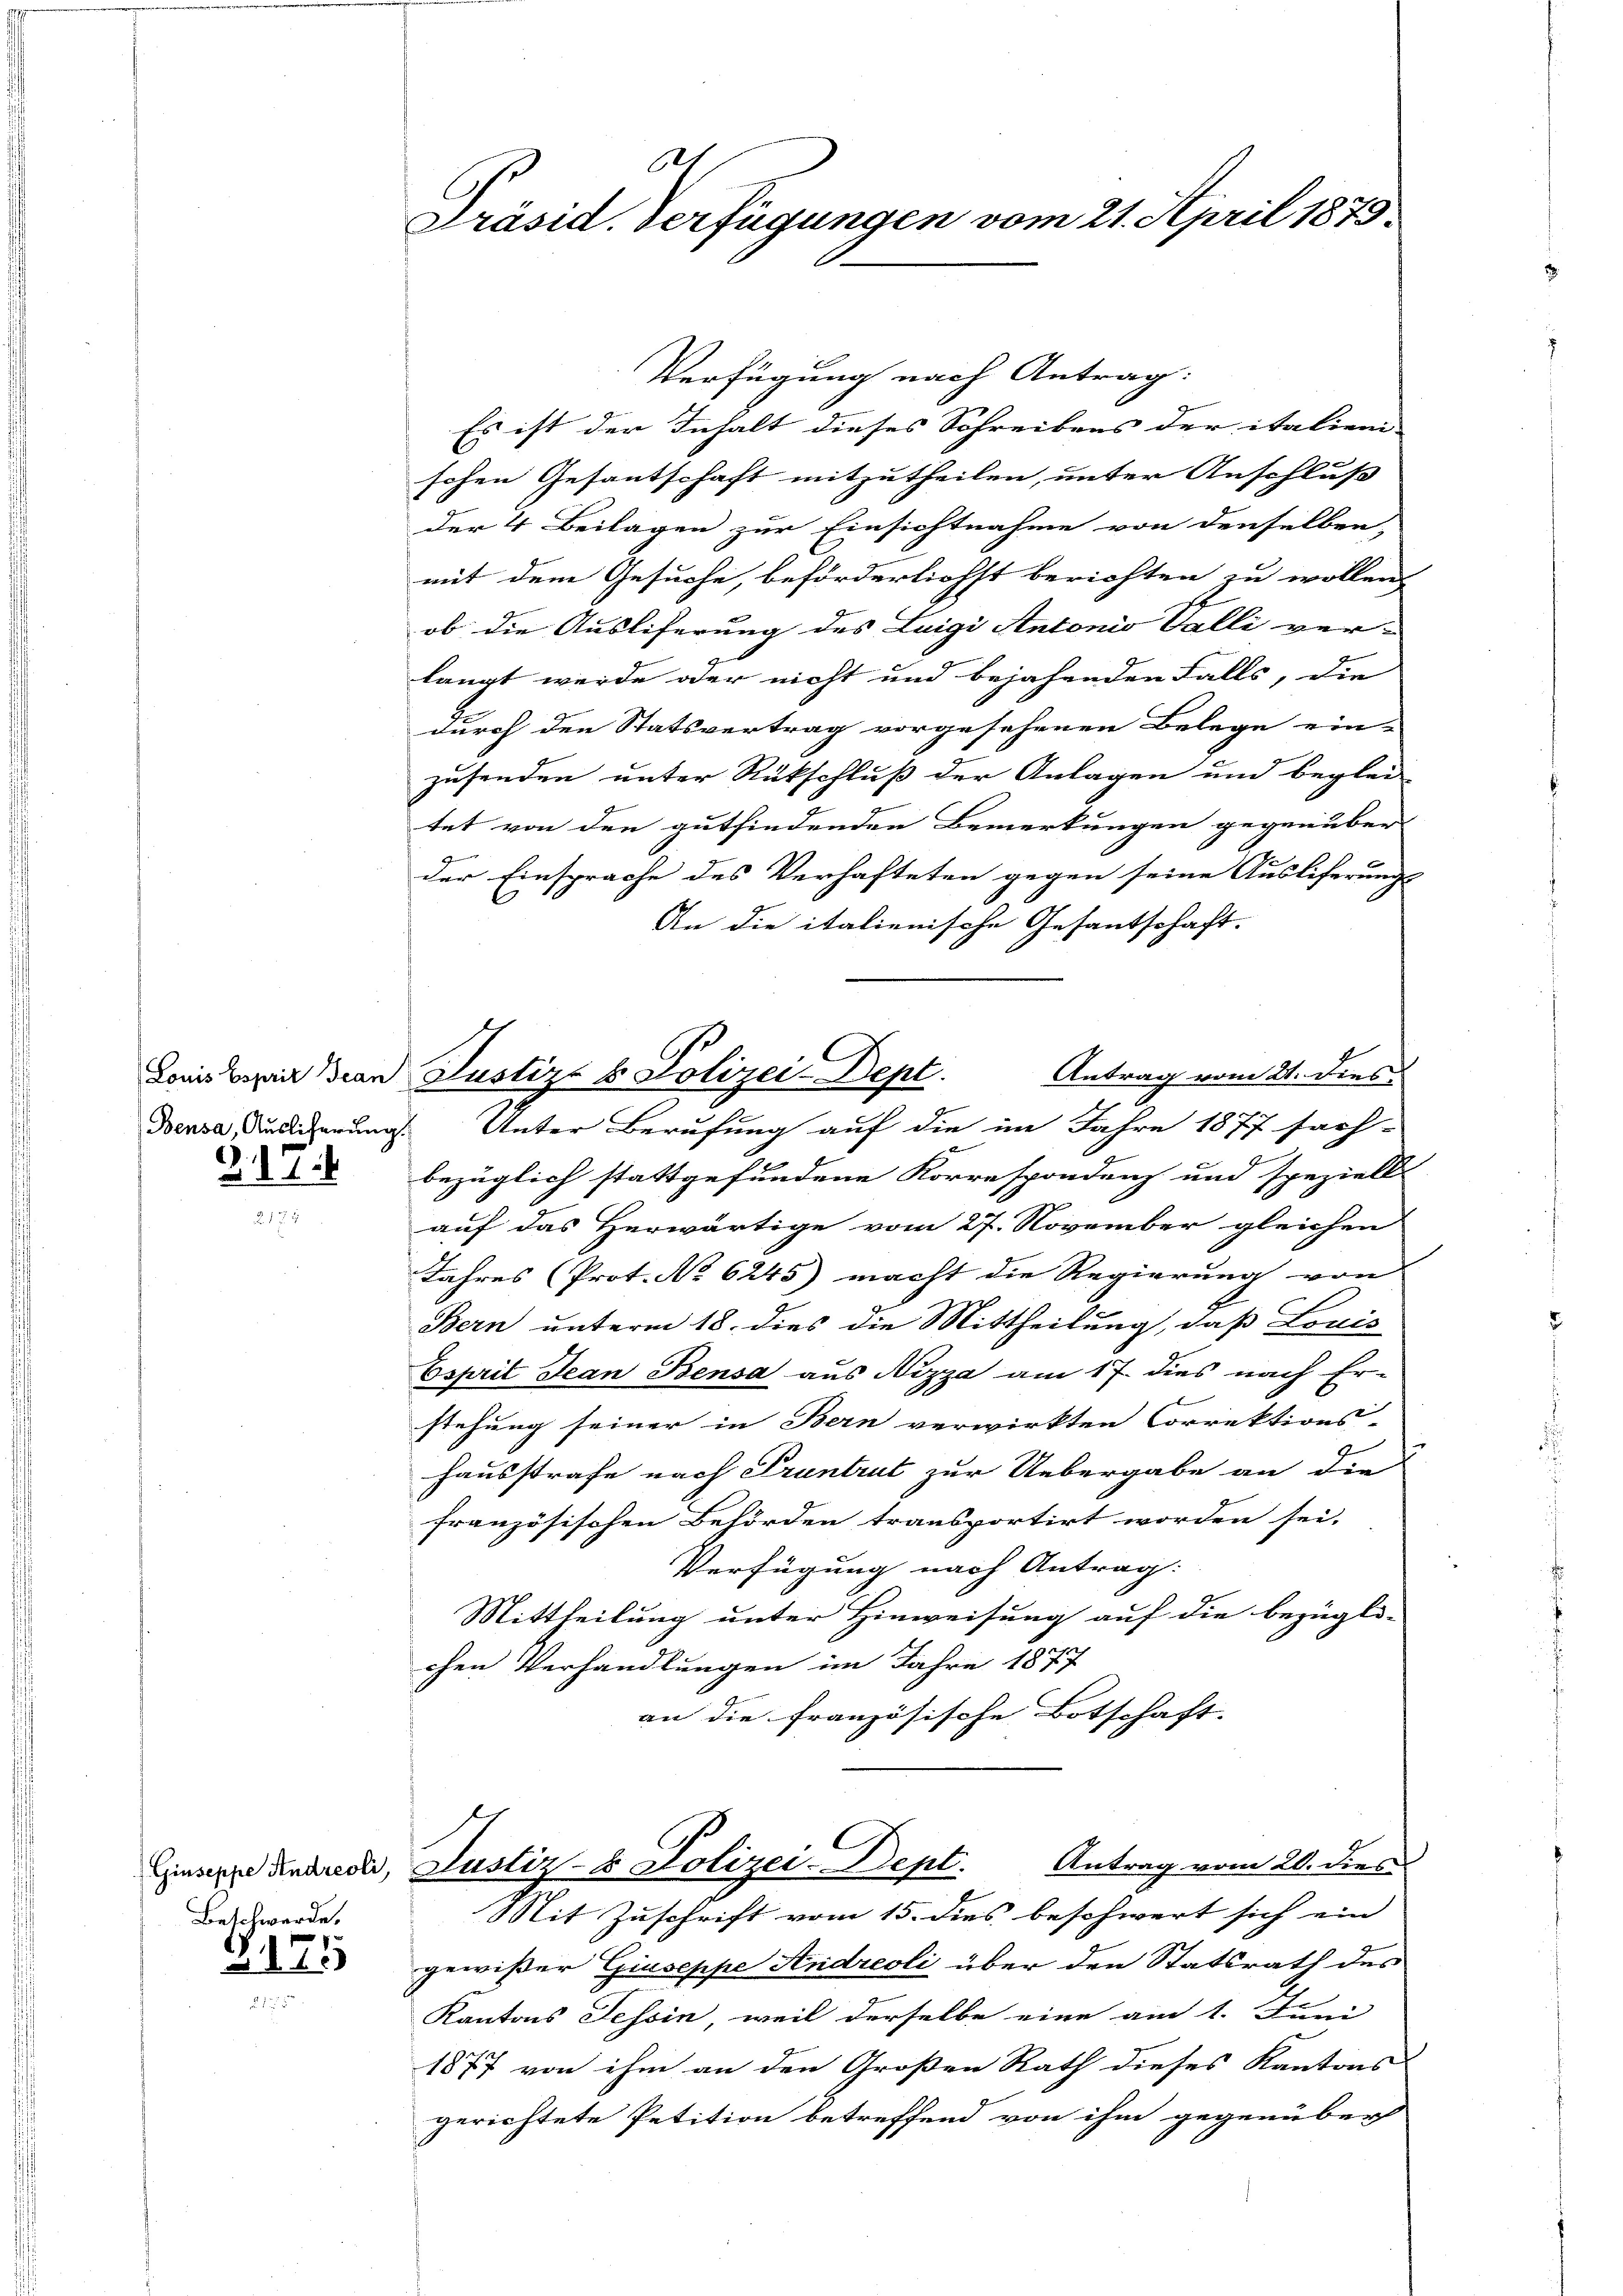
.1.7.1

Beschwerde.

175

621
Präsid. Verfügungen vom 21. April 1875

Verfügung nach Antrag:
Es ist der Inhalt dieses Schreibens der italieni-
schen Gesantschaft mitzutheilen, unter Anschluß
der 4 Beilagen zur Einsichtnahme von denselben
mit dem Gesuche, beförderlichst berichten zu wollen
ob die Ausliferung des Luigi Antonio Valli ver-
langt werde oder nicht und bejahenden Falls, die
durch den Statsvertrag vorgesehenen Belege ein-
zusenden unter Rückschluß der Anlagen und beglei
tet von den gutfindenden Bemerkungen gegenüber
e
der Einsprache des Verhafteten gegen seine Auslieferungs-
An die italienische Gesantschaft.
Bensa, Auslicherung. Unter Berufung auf die im Jahre 1877 sach-
bezüglich stattgefundene Korrespondenz und speziell
auf das Herwärtige vom 27. November gleichen
Jahres (Prot. No 6245) macht die Regierung von
Bern unterm 18. dies die Mittheilung, daß Louis
Esprit Jean Bensa aus Nizza am 17. dies nach Er-
stehung seiner in Bern verwirkten Correktions- |
hausstrafe nach Pruntrut zur Uebergabe an die
französischen Behörden transportirt worden sei.
Verfügung nach Antrag
Mittheilung unter Hinweisung auf die bezügli-
chen Verhandlungen im Jahre 1877
an die französische Botschaft. |
Einsere Andres, Justiz- & Polizei-Dept. Antrag vom 20. dies
Mit Zuschrift vom 15. dies beschwert sich ein
gewißer Giuseppe Andreoli über den Statsrath des
Kantons Tessin, weil derselbe eine am 1. Juni
1877 von ihm an den Großen Rath dieses Kantons
gerichtete Petition betreffend von ihm gegenüber

Lonis bezeit an Justiz- & Polizei-Dept. Antrag vom 21. dies